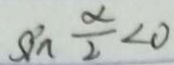
\sin \frac { \alpha } { 2 } < 0